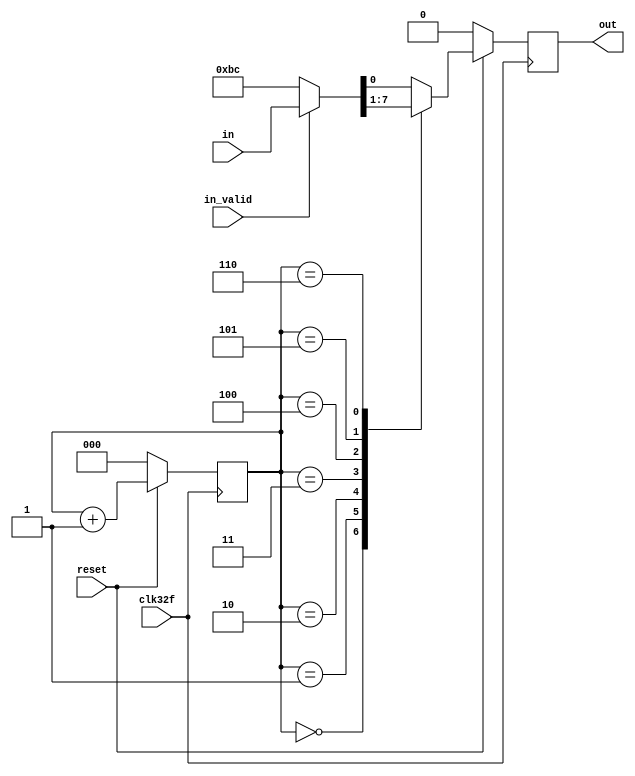
`timescale 1ns/1ps


module paralelo_a_serial (

input wire [7:0] in,
input wire in_valid,
input wire reset,
input wire clk32f,
output reg out
);

reg in0, in1, in2, in3, in4, in5, in6, in7; //dataflux1;
reg [2:0] selector;

// Si el dato es valido se llenan los bits del bus y sino se pasa BC
 always @ (*)
        if(in_valid == 1) begin
        {in0, in1, in2, in3, in4, in5, in6, in7} <= in;
        end else begin
        {in0, in1, in2, in3, in4, in5, in6, in7} <= 'hBC;
        end

always @(posedge clk32f)begin
        if (~reset) 
        begin
        out <= 0;
        selector <= 3'b000;
        //dataflux1 <= 0;
        end
        
        else begin 
        // Lgica para cuando reset == 1
        selector <= selector + 1;
        case ({selector})
        3'b000: out <= in0;
        3'b001: out <= in1;
        3'b010: out <= in2;
        3'b011: out <= in3;
        3'b100: out <= in4;
        3'b101: out <= in5;
        3'b110: out <= in6;
	default: out <= in7;
        endcase
 	   
    end
end

/*always @ (posedge clk32f) begin
out <= dataflux1;
end*/


endmodule